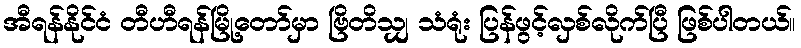
အီရန်နိုင်ငံ တီဟီရန်မြို့တော်မှာ ဗြိတိသျှ သံရုံး ပြန်ဖွင့်လှစ်လိုက်ပြီ ဖြစ်ပါတယ်။